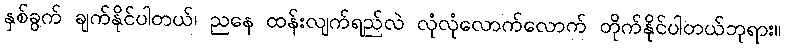
နှစ်ခွက် ချက်နိုင်ပါတယ်၊ ညနေ ထန်းလျက်ရည်လဲ လုံလုံလောက်လောက် တိုက်နိုင်ပါတယ်ဘုရား။